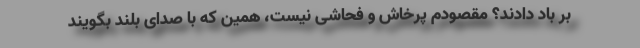
بر باد دادند؟ مقصودم پرخاش و فحاشی نیست، همین که با صدای بلند بگویند